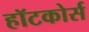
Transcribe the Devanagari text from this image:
हॉटकोर्स